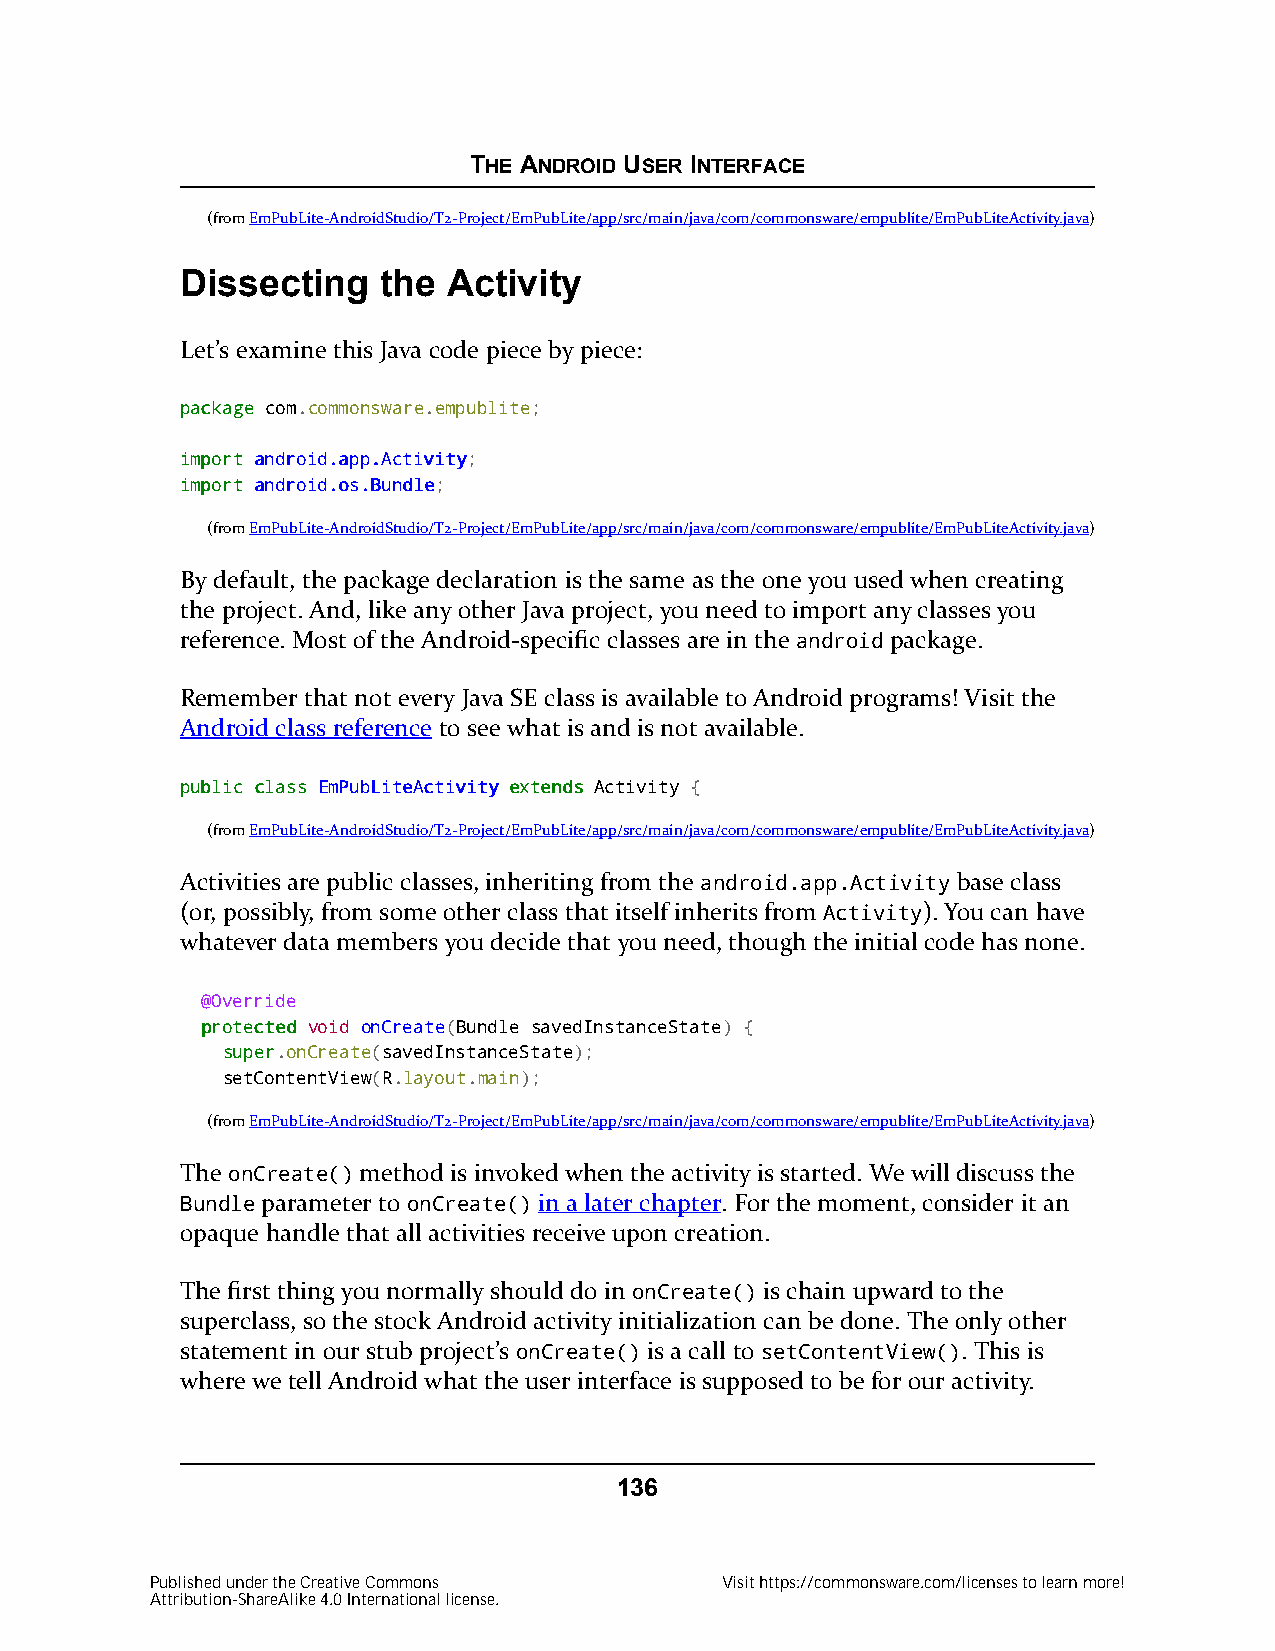
THE ANDROID USER INTERFACE
 (fromEmPubLite-AndroidStudio/T2-Project/EmPubLite/app/src/main/java/com/commonsware/empublite/EmPubLiteActivity.java)
 Dissecting   the  Activity
 Let’s examine this Java code piece by piece:
 ppaacckkaaggee com.commonsware.empublite;
 iimmppoorrtt aannddrrooiidd..aapppp..AAccttiivviittyy;
 iimmppoorrtt aannddrrooiidd..ooss..BBuunnddllee;
 (fromEmPubLite-AndroidStudio/T2-Project/EmPubLite/app/src/main/java/com/commonsware/empublite/EmPubLiteActivity.java)
 By default, the package declaration is the same as the one you used when creating
 the project. And, like any other Java project, you need to import any classes you
 reference. Most of the Android-specific classes are in the android package.
 Remember that not every Java SE class is available to Android programs! Visit the
 Android class reference to see what is and is not available.
 ppuubblliicc ccllaassss EEmmPPuubbLLiitteeAAccttiivviittyy eexxtteennddss Activity {
 (fromEmPubLite-AndroidStudio/T2-Project/EmPubLite/app/src/main/java/com/commonsware/empublite/EmPubLiteActivity.java)
 Activities are public classes, inheriting from the android.app.Activity base class
 (or, possibly, from some other class that itself inherits from Activity). You can have
 whatever data members you decide that you need, though the initial code has none.
 @Override
 pprrootteecctteedd void onCreate(Bundle savedInstanceState) {
 ssuuppeerr.onCreate(savedInstanceState);
 setContentView(R.layout.main);
 (fromEmPubLite-AndroidStudio/T2-Project/EmPubLite/app/src/main/java/com/commonsware/empublite/EmPubLiteActivity.java)
 The onCreate() method is invoked when the activity is started. We will discuss the
 Bundle parameter to onCreate() in a later chapter. For the moment, consider it an
 opaque handle that all activities receive upon creation.
 The first thing you normally should do in onCreate() is chain upward to the
 superclass, so the stock Android activity initialization can be done. The only other
 statement in our stub project’s onCreate() is a call to setContentView(). This is
 where we tell Android what the user interface is supposed to be for our activity.
 136
 Published under the Creative Commons  Visit https://commonsware.com/licenses to learn more!
 Attribution-ShareAlike 4.0 International license.